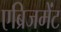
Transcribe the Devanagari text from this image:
एब्रिजमेंट